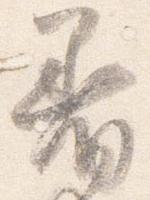
着